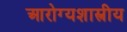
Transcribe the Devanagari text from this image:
आरोग्यशास्त्रीय